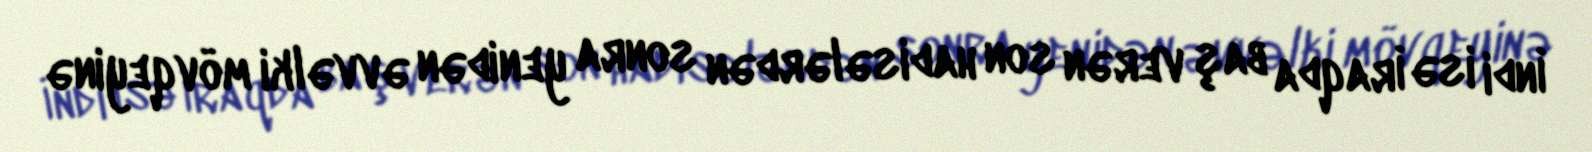
İndi isə İraqda baş verən son hadisələrdən sonra yenidən əvvəlki mövqeyinə